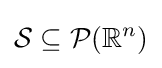
{\mathcal {S}}\subseteq {\mathcal {P}}(\mathbb {R} ^{n})